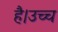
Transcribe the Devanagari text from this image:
है।उच्च